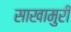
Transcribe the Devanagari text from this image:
साखामुरी